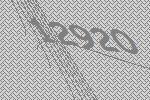
12920